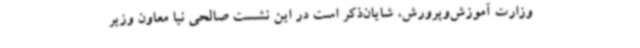
وزارت آموزش‌وپرورش، شایان‌ذکر است در این نشست صالحی نیا معاون وزیر